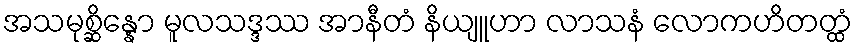
အသမုစ္ဆိန္နော မူလသဒ္ဒဿ အာနီတံ နိယျူဟာ လာသနံ လောကဟိတတ္ထံ